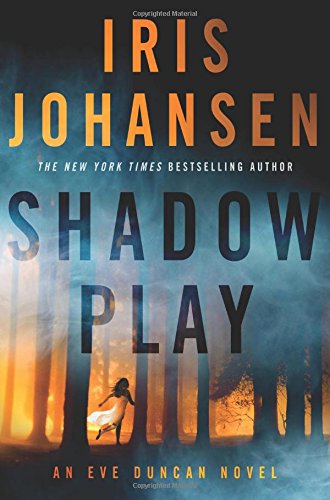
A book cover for Shadow Play: An Eve Duncan Novel; Iris Johansen; Mystery, Thriller & Suspense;